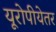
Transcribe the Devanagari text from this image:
यूरोपीयेतर